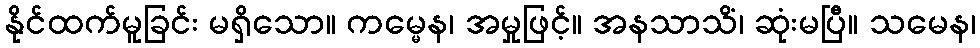
နိုင်ထက်မူခြင်း မရှိသော။ ကမ္မေန၊ အမှုဖြင့်။ အနသာသိံ၊ ဆုံးမပြီ။ သမေန၊